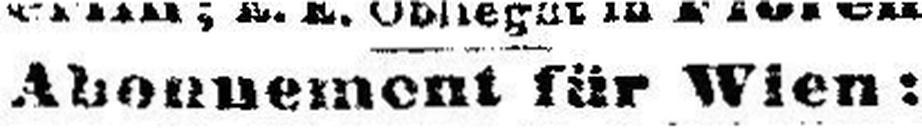
Abonnement für Wien: